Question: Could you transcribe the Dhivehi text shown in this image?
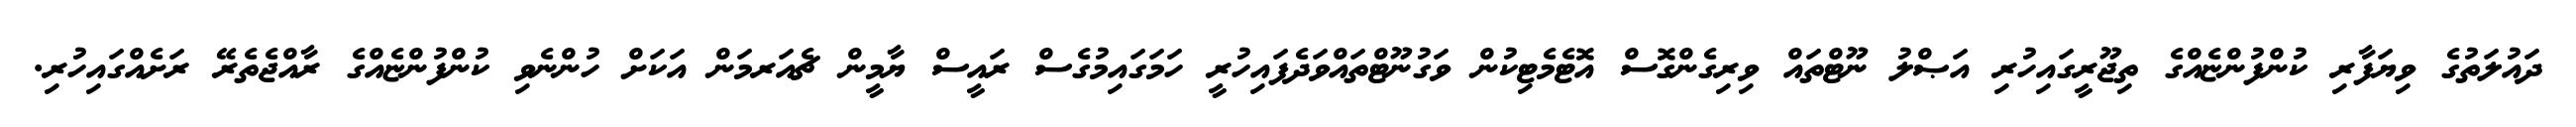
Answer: ދައުލަތުގެ ވިޔަފާރި ކުންފުންޏެއްގެ ތިޖޫރީގައިހުރި އަޞްލު ނޫޓްތައް ވިރިގެންގޮސް އޮޓެމެޓިކުން ވަގުނޫޓްތައްވަދެފައިހުރީ ހަމަގައިމުގެސް ރައީސް ޔާމީން ޗެއަރމަން އަކަށް ހުންނެވި ކުންފުންޏެއްގެ ރާއްޖެތެރޭ ރަށެއްގައިހުރި.